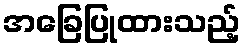
အခြေပြုထားသည့်